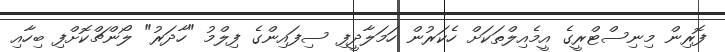
ފޮރިން މިނިސްޓްރީގެ އީމެއިލްތަކަށް ހެކަރުން ހަމަލާދީފި ސިފައިންގެ ފިލްމު "ހާދަރު" ލޯންޗްކޮށްފި ބިހާއި